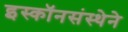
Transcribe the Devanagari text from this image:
इस्कॉनसंस्थेने